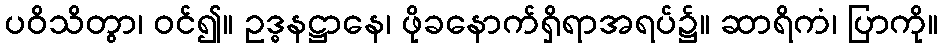
ပဝိသိတွာ၊ ဝင်၍။ ဥဒ္ဓနဋ္ဌာနေ၊ ဖိုခနောက်ရှိရာအရပ်၌။ ဆာရိကံ၊ ပြာကို။